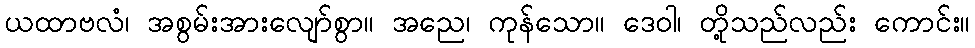
ယထာဗလံ၊ အစွမ်းအားလျော်စွာ။ အညေ၊ ကုန်သော။ ဒေဝါ၊ တို့သည်လည်း ကောင်း။